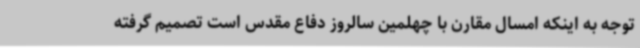
توجه به اینکه امسال مقارن با چهلمین سالروز دفاع مقدس است تصمیم گرفته